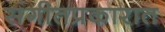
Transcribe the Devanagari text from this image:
संगीतप्रकारात